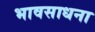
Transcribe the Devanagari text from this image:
भावसाधना